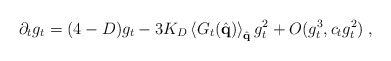
\begin{align*}\partial_t g_t = ( 4 - D) g_t - 3 K_D \left\langle G_t ( \hat{\bf{q}} ) \right\rangle_{\hat{\bf{q}}} g_t^2 + O ( g_t^3 , c_t g_t^2) \; ,\end{align*}